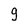
Character: 9